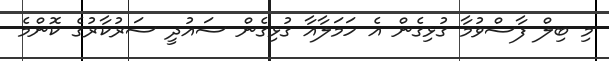
މި ބިލް ފާސްވުމާ ގުޅިގެން އެ ހަމަލާއާ ގުޅިގެން ސައުދީ ސަރުކާރުގެ ކޮންމެ